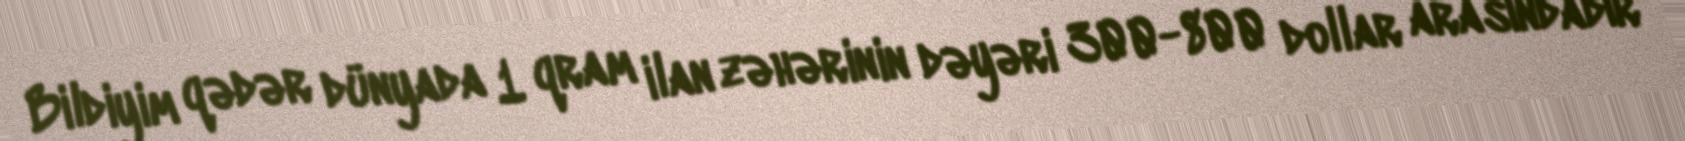
Bildiyim qədər dünyada 1 qram ilan zəhərinin dəyəri 300-800 dollar arasındadır